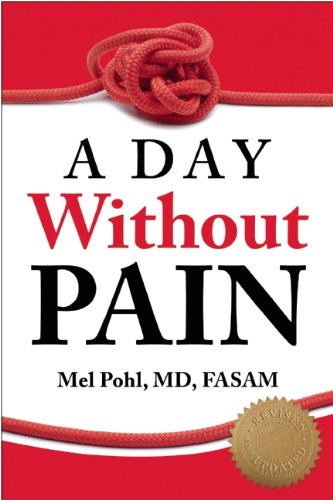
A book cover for A Day without Pain; Mel Pohl; Health, Fitness & Dieting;